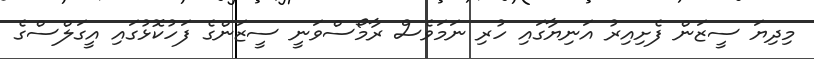
މިދިޔަ ސީޒަން ފެށިއިރު އަނިޔާގައި ހުރި ނަމަވެސް ރާމޯސްވަނީ ސީޒަންގެ ފަހުކޮޅުގައި އީގަލްސްގެ